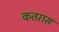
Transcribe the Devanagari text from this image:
कतरास